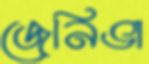
জেনিভা